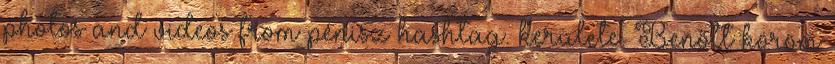
photos and videos from pénisz hashtag. kerülete. Benőtt köröm